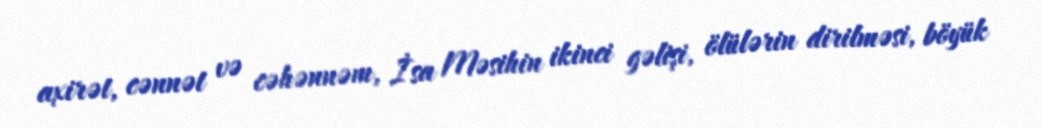
axirət, cənnət və cəhənnəm, İsa Məsihin ikinci gəlişi, ölülərin dirilməsi, böyük